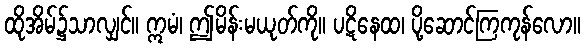
ထိုအိမ်၌သာလျှင်။ ဣမံ၊ ဤမိန်းမယုတ်ကို။ ပဋိနေထ၊ ပို့ဆောင်ကြကုန်လော။